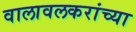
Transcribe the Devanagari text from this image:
वालावलकरांच्या